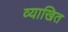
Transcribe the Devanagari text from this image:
व्याखित